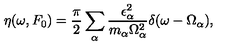
\eta ( \omega , F _ { 0 } ) = \frac { \pi } { 2 } \sum _ { \alpha } \frac { \epsilon _ { \alpha } ^ { 2 } } { m _ { \alpha } \Omega _ { \alpha } ^ { 2 } } \delta ( \omega - \Omega _ { \alpha } ) ,